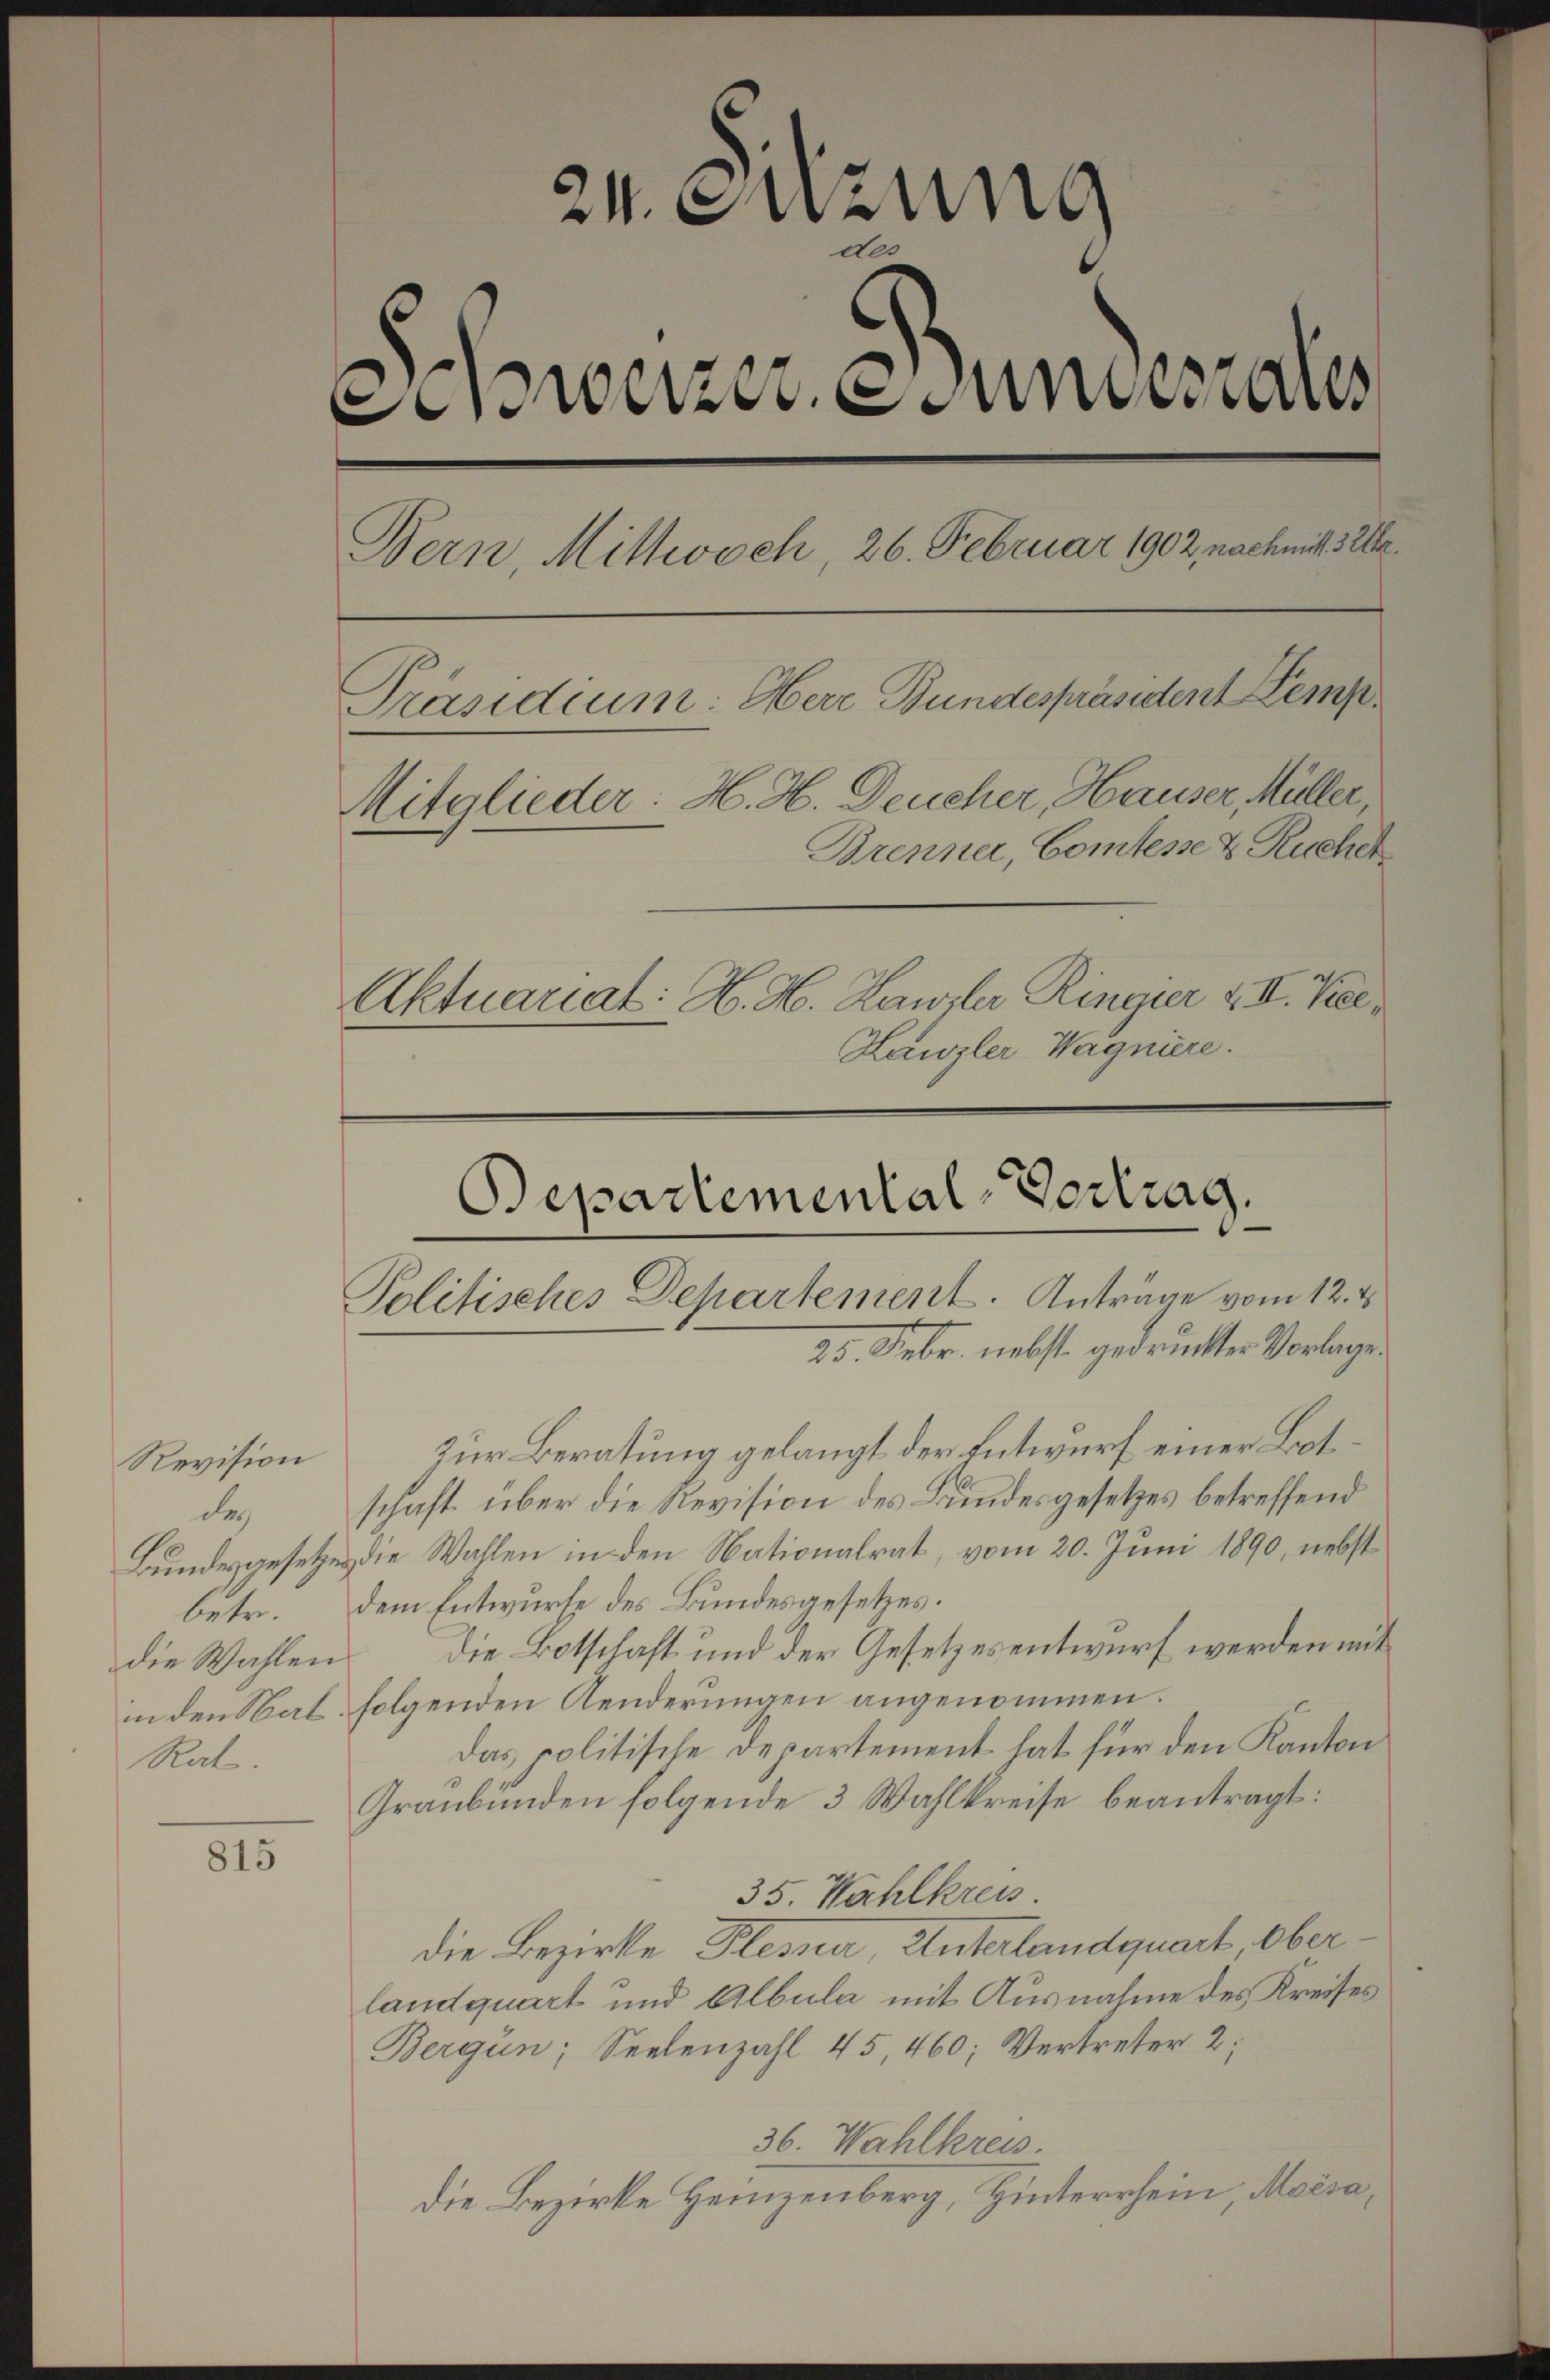
der
betr.
Rat.

Revision

815

24. Suzung
derweitzer, undesrat
Bern, Mittwoch, 26. Februar 1902, nach mit 32
Präsidium: Herr Bundespräsident Kemp¬
Mitglieder: H. H. Deucher, Hauser, Müller
Brenner, Comtesse & Ruchet
Aktuariat: H. H. Hawzler Ringier & II. Kee¬
Kanzler Wagniere.

Bepartemental-Vertrag
Politisches Departement. Anträge vom 12. 4
25. Febr. nebst gedruckter Vorlage.

Zur Beratung gelangt der Entwurf einer Botschaft über die Revision des Bundesgesetzes betreffend
Bundesgesetzes die Wahlen in den Nationalrat, vom 20. Juni 1890, nebst
dem Entwurfe des Bundesgesetzes.
die Wahlen. Die Botschaft und der Gesetzesentwurf werden mit
in den Nat. folgenden Aenderungen angenommen.
das politische Departement hat für den Kanton
Graubünden folgende 3 Wahlkreise beantragt:
35. Wahlkreis.
die Bezirke Plessa, Unterlandquart, Oberlandquart und Albula mit Ausnahme des Kreises
Bergün, Seelenzahl 45, 460; Vertreter 2,
36. Wahlkreis.
Die Bezirke Heinzenberg, Hinterrhein, Moisa¬